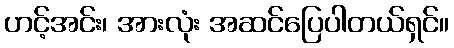
ဟင့်အင်း၊ အားလုံး အဆင်ပြေပါတယ်ရှင်။